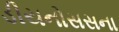
ડીયનોસસના